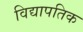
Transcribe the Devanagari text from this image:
विद्यापतिक